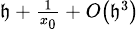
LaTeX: \scriptstyle\mathfrak{h}\, +\, {\frac{{1}}{{x_{0}}}}\, +\, O\left(\mathfrak{h}^{3}\right)